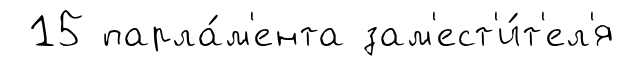
15 парла́м'ента зам'ест'и́т'ел'я